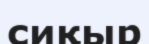
сиқыр